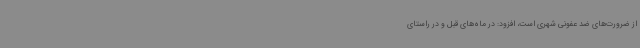
از ضرورت‌های ضد عفونی شهری است، افزود: در ماه‌های قبل و در راستای